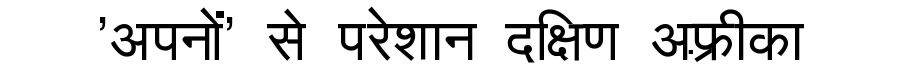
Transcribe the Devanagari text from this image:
'अपनों' से परेशान दक्षिण अफ़्रीका